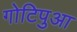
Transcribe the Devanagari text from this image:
गोटिपुआ